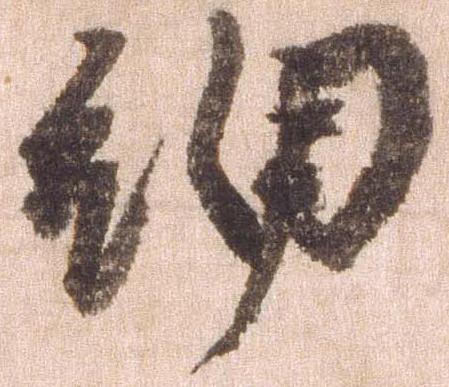
細